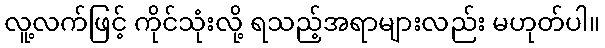
လူ့လက်ဖြင့် ကိုင်သုံးလို့ ရသည့်အရာများလည်း မဟုတ်ပါ။